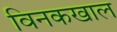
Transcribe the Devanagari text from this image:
विनकखाल